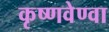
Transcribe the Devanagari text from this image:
कृष्णवेण्वा